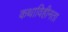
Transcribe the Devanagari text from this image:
कथाविहीनता